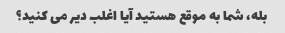
بله، شما به موقع هستید آیا اغلب دیر می کنید؟